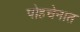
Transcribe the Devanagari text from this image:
पोहचेनात